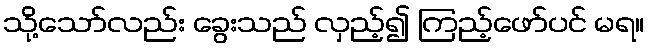
သို့သော်လည်း ခွေးသည် လှည့်၍ ကြည့်ဖော်ပင် မရ။